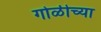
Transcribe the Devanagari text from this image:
गोळीच्या